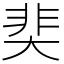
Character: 奜